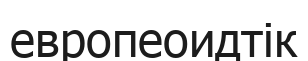
европеоидтік